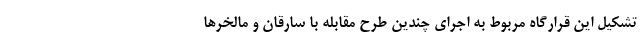
تشکیل این قرارگاه مربوط به اجرای چندین طرح مقابله با سارقان و مالخرها